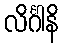
လိင်္ဂါနိ